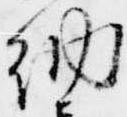
納